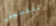
التفصيل